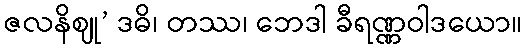
ဇလနိဈု’ ဒဓိ၊ တဿ၊ ဘေဒါ ခီရဏ္ဏဝါဒယော။